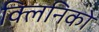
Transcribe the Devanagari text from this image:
क्लिनिको